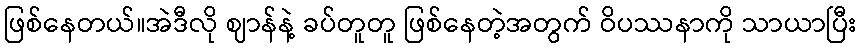
ဖြစ်နေတယ်။အဲဒီလို ဈာန်နဲ့ ခပ်တူတူ ဖြစ်နေတဲ့အတွက် ဝိပဿနာကို သာယာပြီး